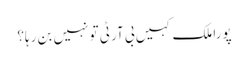
پورا ملک کہیں بی آر ٹی تو نہیں بن رہا؟